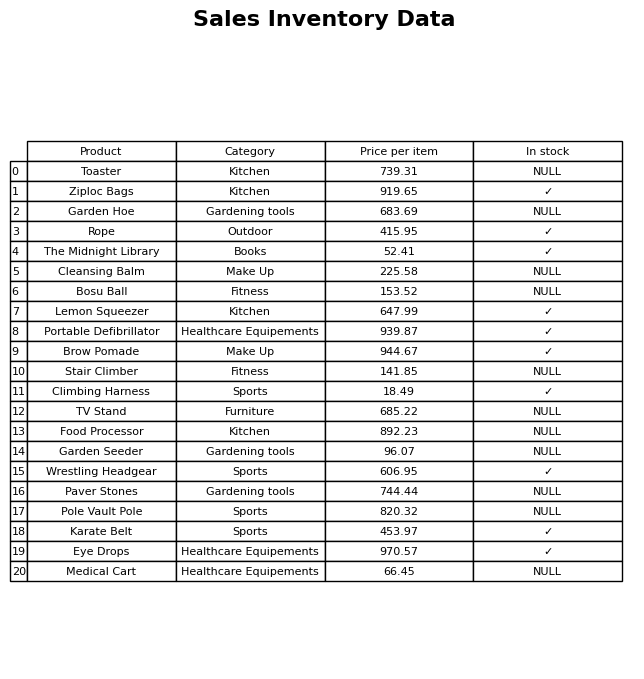
question: What is the stock status of the Food Processor?
answer: NULL